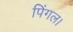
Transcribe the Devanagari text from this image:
पिंगल।